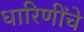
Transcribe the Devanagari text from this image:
धारिणींचे